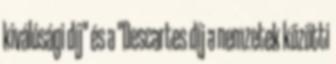
kiválósági díj" és a "Descartes díj a nemzetek közötti